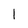
Character: l